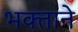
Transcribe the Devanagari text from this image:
भक्‍ताने